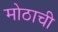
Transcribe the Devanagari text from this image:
मोठाची